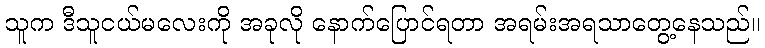
သူက ဒီသူငယ်မလေးကို အခုလို နောက်ပြောင်ရတာ အရမ်းအရသာတွေ့နေသည်။